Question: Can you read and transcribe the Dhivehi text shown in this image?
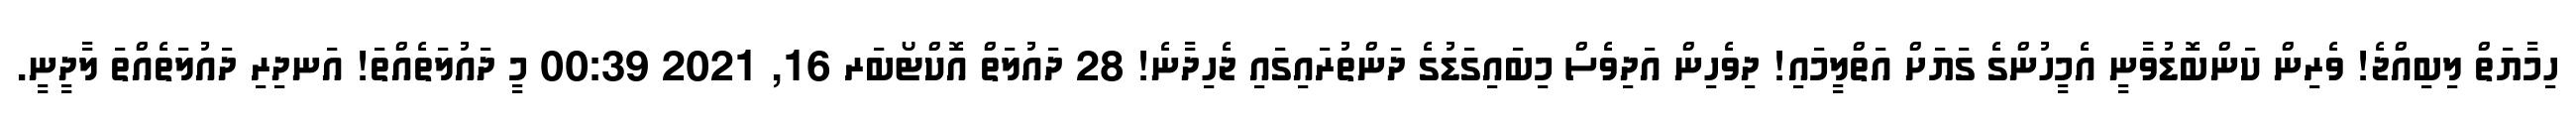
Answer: ހިމާޔަތް ލިބިއްޖެ! ވެރިން ކަންބޮޑުވާނީ އެމީހުންގެ ގަޔަށް އަތްލީމައި! ދިވެހިން އަދިވެސް މިބައިގަޑުގެ ދަންތުރައިގައި ޖެހިދާނެ! 28 ދައުލަތް އޮކްޓޯބަރ 16, 2021 00:39 މީ ދައުލަތެއްތަ! އަނދިރި ދައުލަތެއްތަ ލާދީނީ.